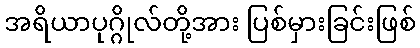
အရိယာပုဂ္ဂိုလ်တို့အား ပြစ်မှားခြင်းဖြစ်